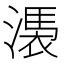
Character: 𣻴